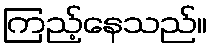
ကြည့်နေသည်။